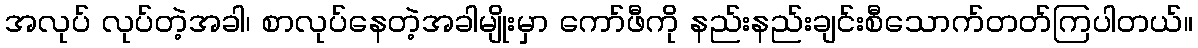
အလုပ် လုပ်တဲ့အခါ၊ စာလုပ်နေတဲ့အခါမျိုးမှာ ကော်ဖီကို နည်းနည်းချင်းစီသောက်တတ်ကြပါတယ်။